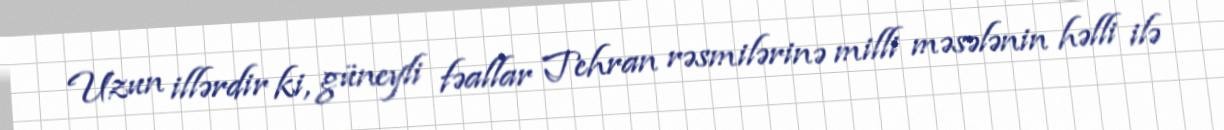
Uzun illərdir ki, güneyli fəallar Tehran rəsmilərinə milli məsələnin həlli ilə